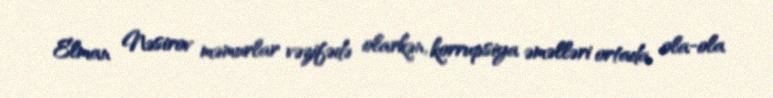
Elman Nəsirov məmurlar vəzifədə olarkən, korrupsiya əməlləri ortada ola-ola